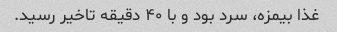
غذا بیمزه، سرد بود و با ۴۰ دقیقه تاخیر رسید.